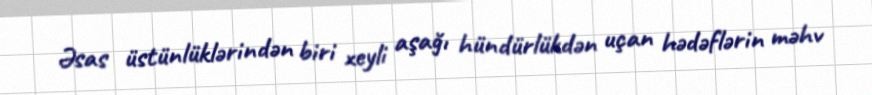
Əsas üstünlüklərindən biri xeyli aşağı hündürlükdən uçan hədəflərin məhv